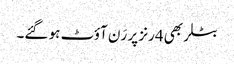
بٹلر بھی 4رنز پر رَن آؤٹ ہو گئے۔